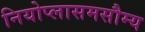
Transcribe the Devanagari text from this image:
नियोप्लासमसौम्य